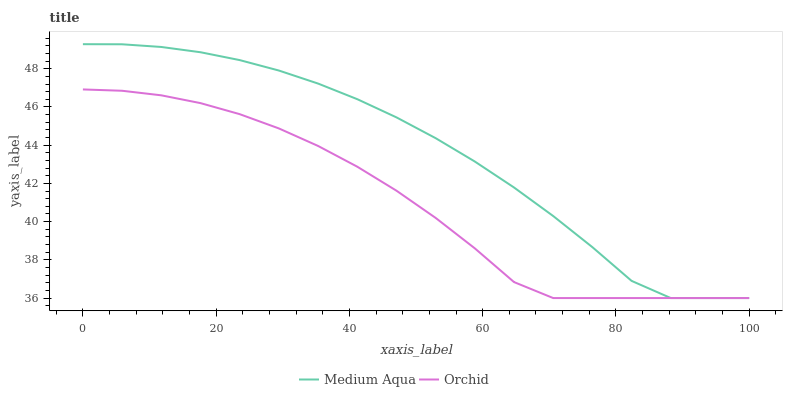
| xaxis_label | Medium Aqua | Orchid |
 | --- | --- | --- |
 | 0 | 49.3 | 46.9 |
 | 5.88 | 49.3 | 46.8 |
 | 11.8 | 49.1 | 46.6 |
 | 17.6 | 48.9 | 46.2 |
 | 23.5 | 48.5 | 45.6 |
 | 29.4 | 47.9 | 44.9 |
 | 35.3 | 47.2 | 44 |
 | 41.2 | 46.4 | 42.9 |
 | 47.1 | 45.5 | 41.6 |
 | 52.9 | 44.4 | 40.2 |
 | 58.8 | 43.1 | 38.6 |
 | 64.7 | 41.8 | 36.8 |
 | 70.6 | 40.3 | 36 |
 | 76.5 | 38.7 | 36 |
 | 82.4 | 36.9 | 36 |
 | 88.2 | 36 | 36 |
 | 94.1 | 36 | 36 |
 | 100 | 36 | 36 |